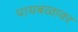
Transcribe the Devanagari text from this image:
पायबळावर